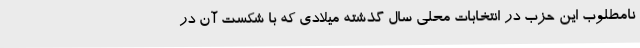
نامطلوب این حزب در انتخابات محلی سال گذشته میلادی که با شکست آن در